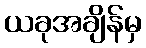
ယခုအချိန်မှ